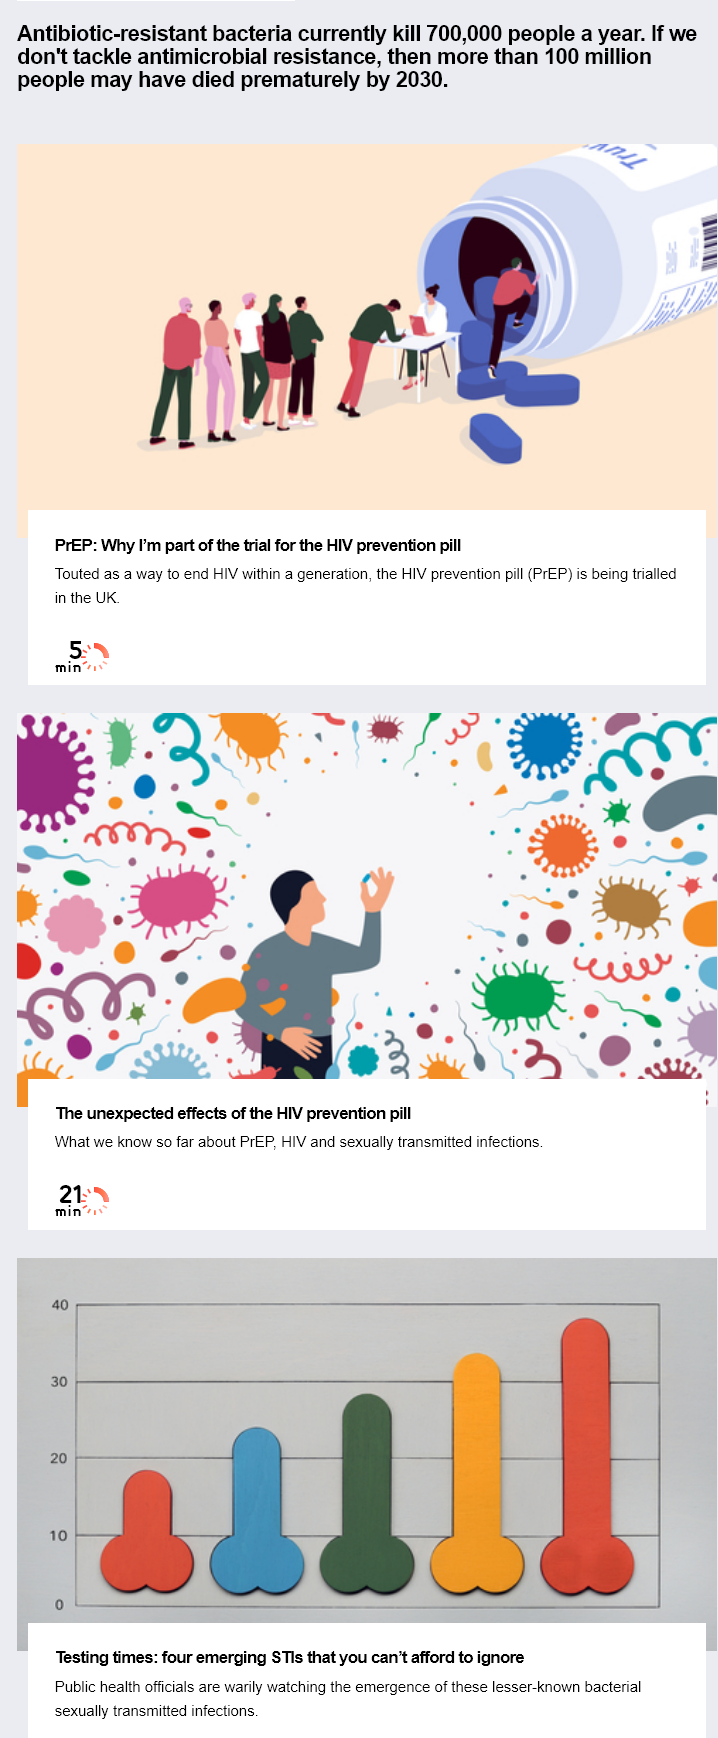
Antibiotic-resistant    bacteria   currently   kill 700,000  people    a year.  If we
   don't  tackle  antimicrobial    resistance,    then  more   than   100  million
   people   may   have   died  prematurely    by  2030.
     PrP: Why  I'm part of the trial for the HIV prevention pill
     Touted as a way to end HIV within a generation, the HIV prevention pill (PrEP) is being trialled
     in the UK.
     The unexpected effects of the HIV prevention pill
     What we  know so far about PrEP, HIV and sexually transmitted infections.
     2en
     mines
     Testing times: four emerging STis that you can’t afford to ignore

     ‘ail
     Public health officials are warily watching the emergence of these lesser-known bacterial
     sexually transmitted infections